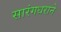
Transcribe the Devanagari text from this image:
सारंगधराने